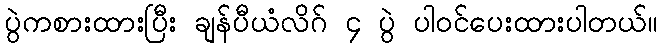
ပွဲကစားထားပြီး ချန်ပီယံလိဂ် ၄ ပွဲ ပါဝင်ပေးထားပါတယ်။